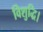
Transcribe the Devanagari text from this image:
विशुद्धि।